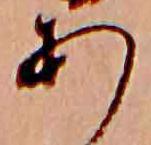
あ